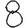
Digit: 8